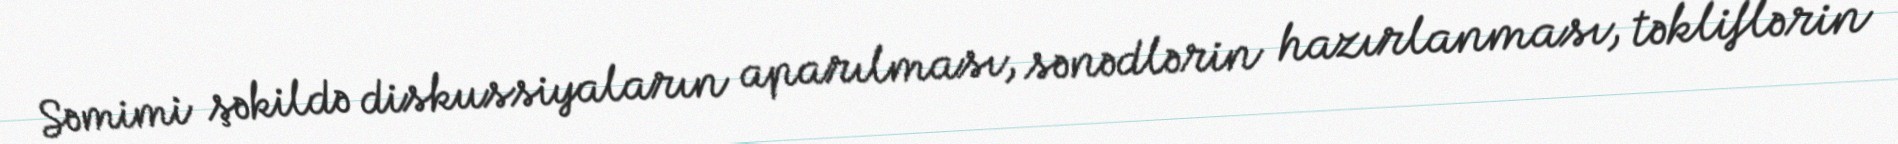
Səmimi şəkildə diskussiyaların aparılması, sənədlərin hazırlanması, təkliflərin